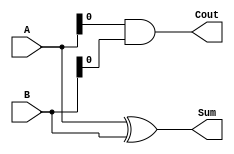
`timescale 1ns / 1ps
//////////////////////////////////////////////////////////////////////////////////
// Company: 
// Engineer: 
// 
// Design Name: 
// Module Name: HA
// Project Name: 
// Target Devices: 
// Tool Versions: 
// Description: 
// 
// Dependencies: 
// 
// Revision:
// Revision 0.01 - File Created
// Additional Comments:
// 
//////////////////////////////////////////////////////////////////////////////////


module HA(
    A,
    B,
    Sum,
    Cout    
);

    // Define the input and output signals
    input [7:0]A;
    input [7:0]B;
    output[7:0]Sum;
    output Cout;
    // Define the modules behaviour
    assign Sum = A ^ B; // bitwise xor
    assign Cout = A & B ; // bitwise and
endmodule